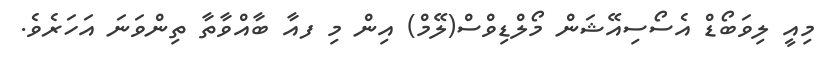
މިއީ ލިވަބޯޑް އެސޯސިއޭޝަން މޯލްޑިވްސް(ލޭމް) އިން މި ފއާ ބާއްވާތާ ތިންވަނަ އަހަރެވެ.